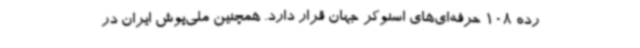
رده 108 حرفه‌ای‌های اسنوکر جهان قرار دارد. همچنین ملی‌پوش ایران در